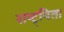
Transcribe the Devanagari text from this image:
राष्ट्र्यिता